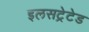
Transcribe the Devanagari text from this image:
इलसट्रेटेड